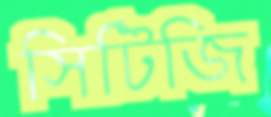
সিটিজি